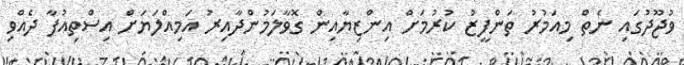
ވުޖޫދުގައި ނެތް މިއަމުރު ތަންފީޒު ކުރުމަށް އިންޒިޔާއިން ގޮވާލަމުންދާއިރު އަމިއްލަޔަށް އިސްތިއުފާ ދެއްވި